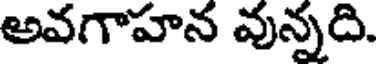
అవగాహన వున్నది.